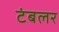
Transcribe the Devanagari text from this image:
टंबलर